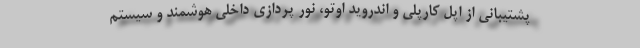
پشتیبانی از اپل کارپلی و اندروید اوتو، نور پردازی داخلی هوشمند و سیستم